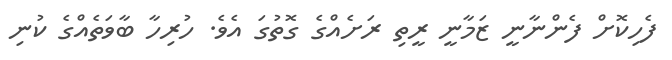
ފެހިކޮށް ފެންނާނީ ޒަމާނީ ރީތި ރަށެއްގެ ގޮތުގަ އެވެ. ހުރިހާ ބާވަތެއްގެ ކުނި